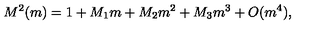
M ^ { 2 } ( m ) = 1 + M _ { 1 } m + M _ { 2 } m ^ { 2 } + M _ { 3 } m ^ { 3 } + O ( m ^ { 4 } ) ,